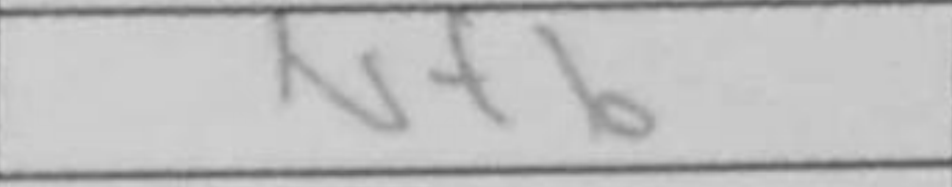
Transcription: Nf6